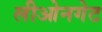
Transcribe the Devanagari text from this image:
लीओनगेट